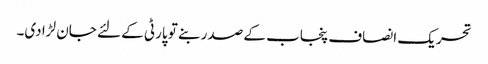
تحریک انصاف پنجاب کے صدر بنے تو پارٹی کے لئے جان لڑا دی۔